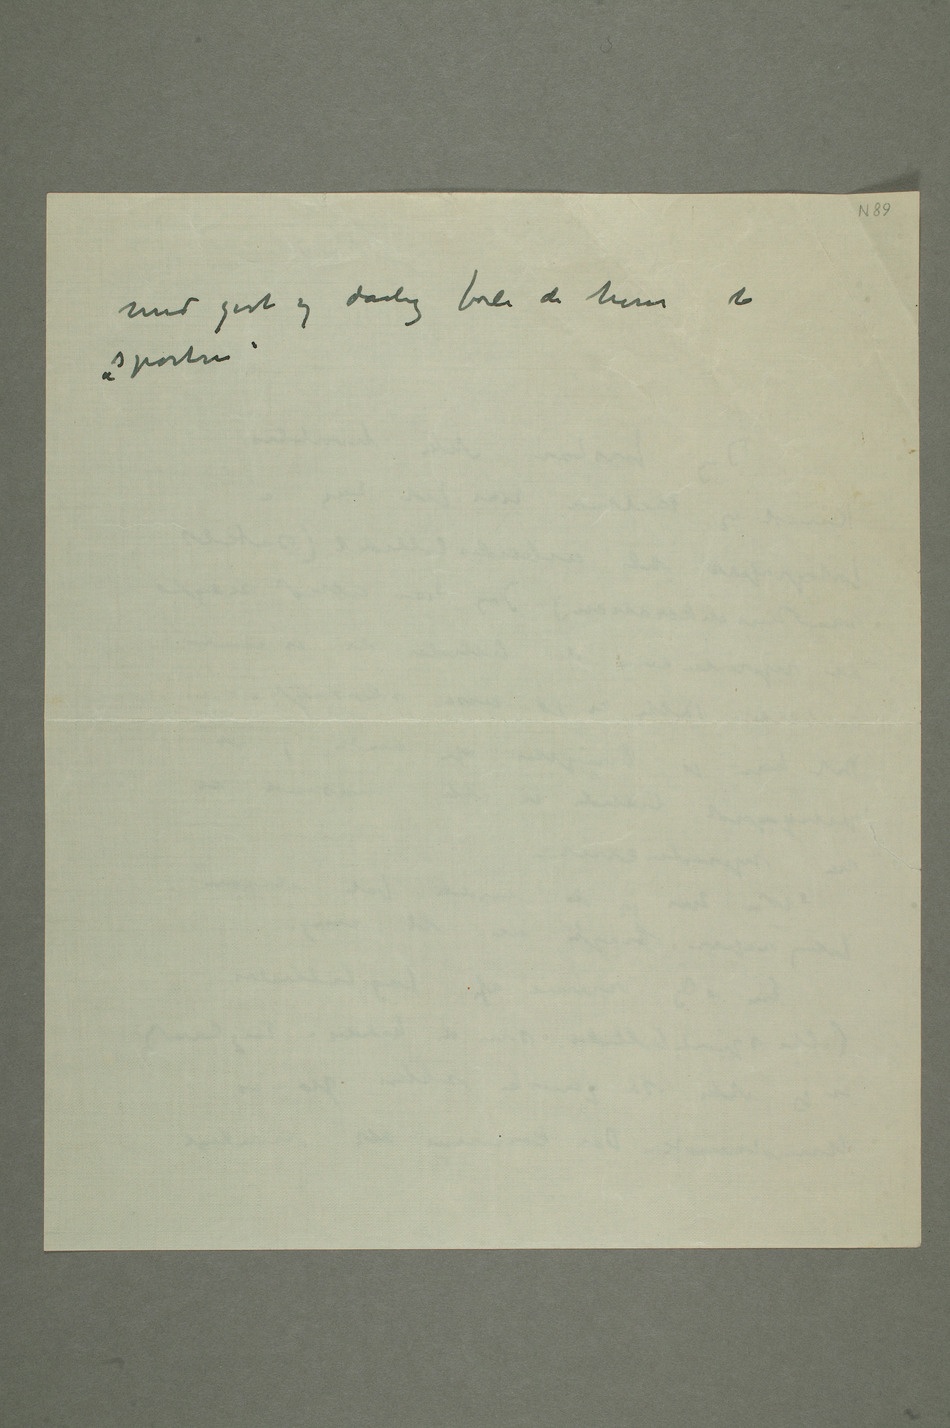
med godt og dårlig fordi de hører til
«sporten»